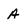
Character: A